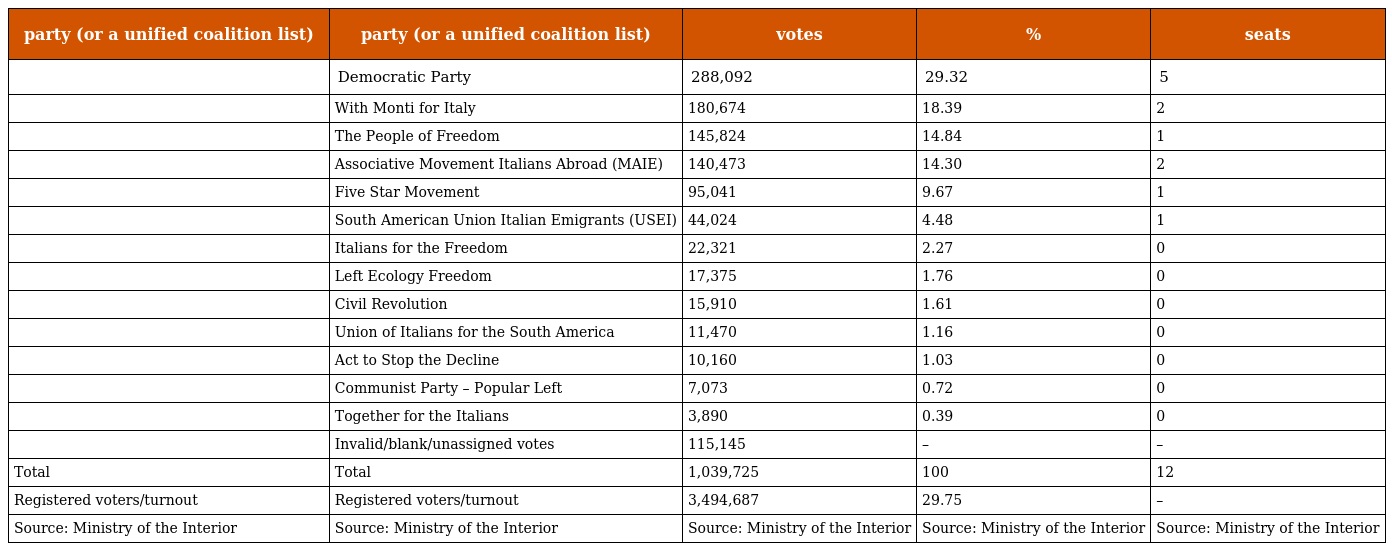
| party (or a unified coalition list) | party (or a unified coalition list) | votes | % | seats |
 | --- | --- | --- | --- | --- |
 |  | Democratic Party | 288,092 | 29.32 | 5 |
 |  | With Monti for Italy | 180,674 | 18.39 | 2 |
 |  | The People of Freedom | 145,824 | 14.84 | 1 |
 |  | Associative Movement Italians Abroad (MAIE) | 140,473 | 14.30 | 2 |
 |  | Five Star Movement | 95,041 | 9.67 | 1 |
 |  | South American Union Italian Emigrants (USEI) | 44,024 | 4.48 | 1 |
 |  | Italians for the Freedom | 22,321 | 2.27 | 0 |
 |  | Left Ecology Freedom | 17,375 | 1.76 | 0 |
 |  | Civil Revolution | 15,910 | 1.61 | 0 |
 |  | Union of Italians for the South America | 11,470 | 1.16 | 0 |
 |  | Act to Stop the Decline | 10,160 | 1.03 | 0 |
 |  | Communist Party – Popular Left | 7,073 | 0.72 | 0 |
 |  | Together for the Italians | 3,890 | 0.39 | 0 |
 |  | Invalid/blank/unassigned votes | 115,145 | – | – |
 | Total | Total | 1,039,725 | 100 | 12 |
 | Registered voters/turnout | Registered voters/turnout | 3,494,687 | 29.75 | – |
 | Source: Ministry of the Interior | Source: Ministry of the Interior | Source: Ministry of the Interior | Source: Ministry of the Interior | Source: Ministry of the Interior |